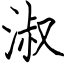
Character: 淑